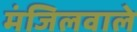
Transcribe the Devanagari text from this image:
मंजिलवाले